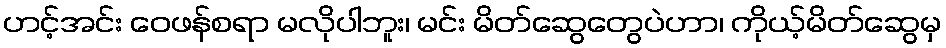
ဟင့်အင်း ဝေဖန်စရာ မလိုပါဘူး၊ မင်း မိတ်ဆွေတွေပဲဟာ၊ ကိုယ့်မိတ်ဆွေမှ